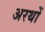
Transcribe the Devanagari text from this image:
अरथों